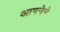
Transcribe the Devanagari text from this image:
आपनेने